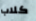
كلاب